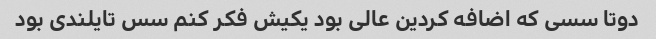
دوتا سسی که اضافه کردین عالی بود یکیش فکر کنم سس تایلندی بود